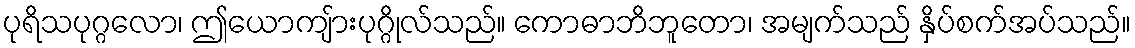
ပုရိသပုဂ္ဂလော၊ ဤယောကျ်ားပုဂ္ဂိုလ်သည်။ ကောဓာဘိဘူတော၊ အမျက်သည် နှိပ်စက်အပ်သည်။